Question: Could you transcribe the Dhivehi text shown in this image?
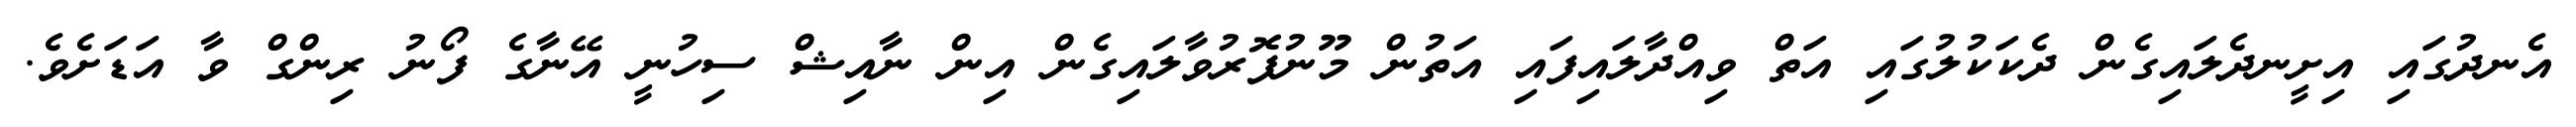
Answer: އެނދުގައި އިށީނދެލައިގެން ދެކަކުލުގައި އަތް ވިއްދާލައިފައި އަތުން މޫނުފޮރުވާލައިގެން އިން ނާއިޝް ސިހުނީ އޭނާގެ ފޯނު ރިންގް ވާ އަޑަށެވެ.